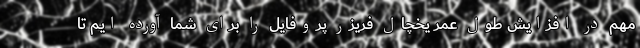
مهم در افزایش طول عمر یخچال فریزر پروفایل را برای شما آورده ایم تا